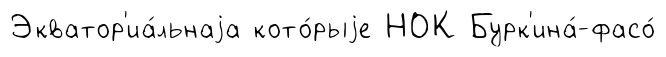
Экватор'иа́льнаjа кото́рыjе НОК Бурк'ина́-фасо́